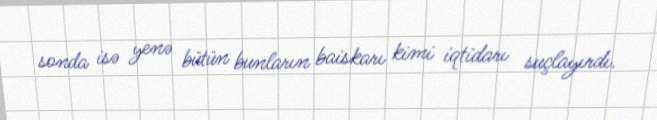
sonda isə yenə bütün bunların baiskarı kimi iqtidarı suçlayırdı.